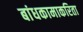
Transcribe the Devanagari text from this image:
बांधकामाकरिता